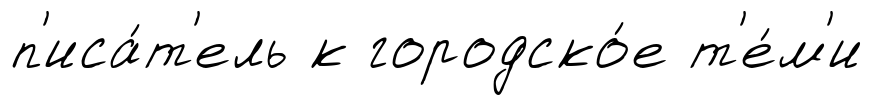
п'иса́т'ель к городско́е т'е́м'и